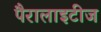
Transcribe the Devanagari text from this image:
पैरालाइटीज